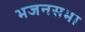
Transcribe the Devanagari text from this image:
भजनसभा